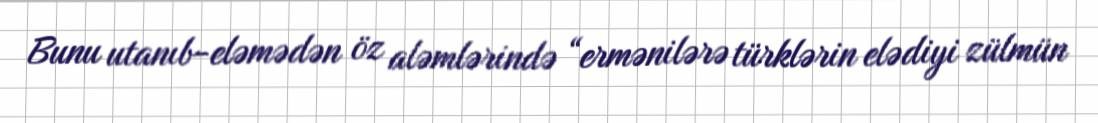
Bunu utanıb-eləmədən öz aləmlərində “ermənilərə türklərin elədiyi zülmün